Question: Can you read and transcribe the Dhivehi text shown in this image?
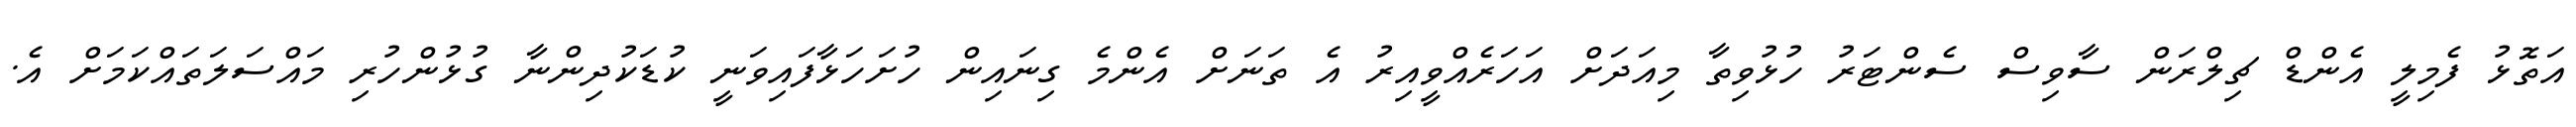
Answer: އަތޮޅު ފެމިލީ އެންޑް ޗިލްރަން ސާވިސް ސެންޓަރު ހުޅުވިތާ މިއަދަށް އަހަރެއްވީއިރު އެ ތަނަށް އެންމެ ގިނައިން ހުށަހަޅާފައިވަނީ ކުޑަކުދިންނާ ގުޅުންހުރި މައްސަލަތައްކަމަށް އެ.